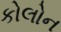
કોલોન